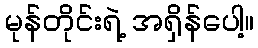
မုန်တိုင်းရဲ့ အရှိန်ပေါ့။